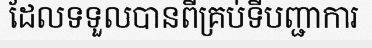
ដែលទទួលបានពីគ្រប់ទីបញ្ជាការ